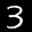
Label: 3